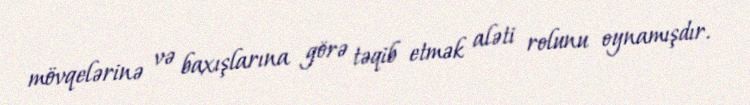
mövqelərinə və baxışlarına görə təqib etmək aləti rolunu oynamışdır.